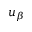
u _ { \beta }